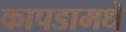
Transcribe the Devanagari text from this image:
कापडामधे